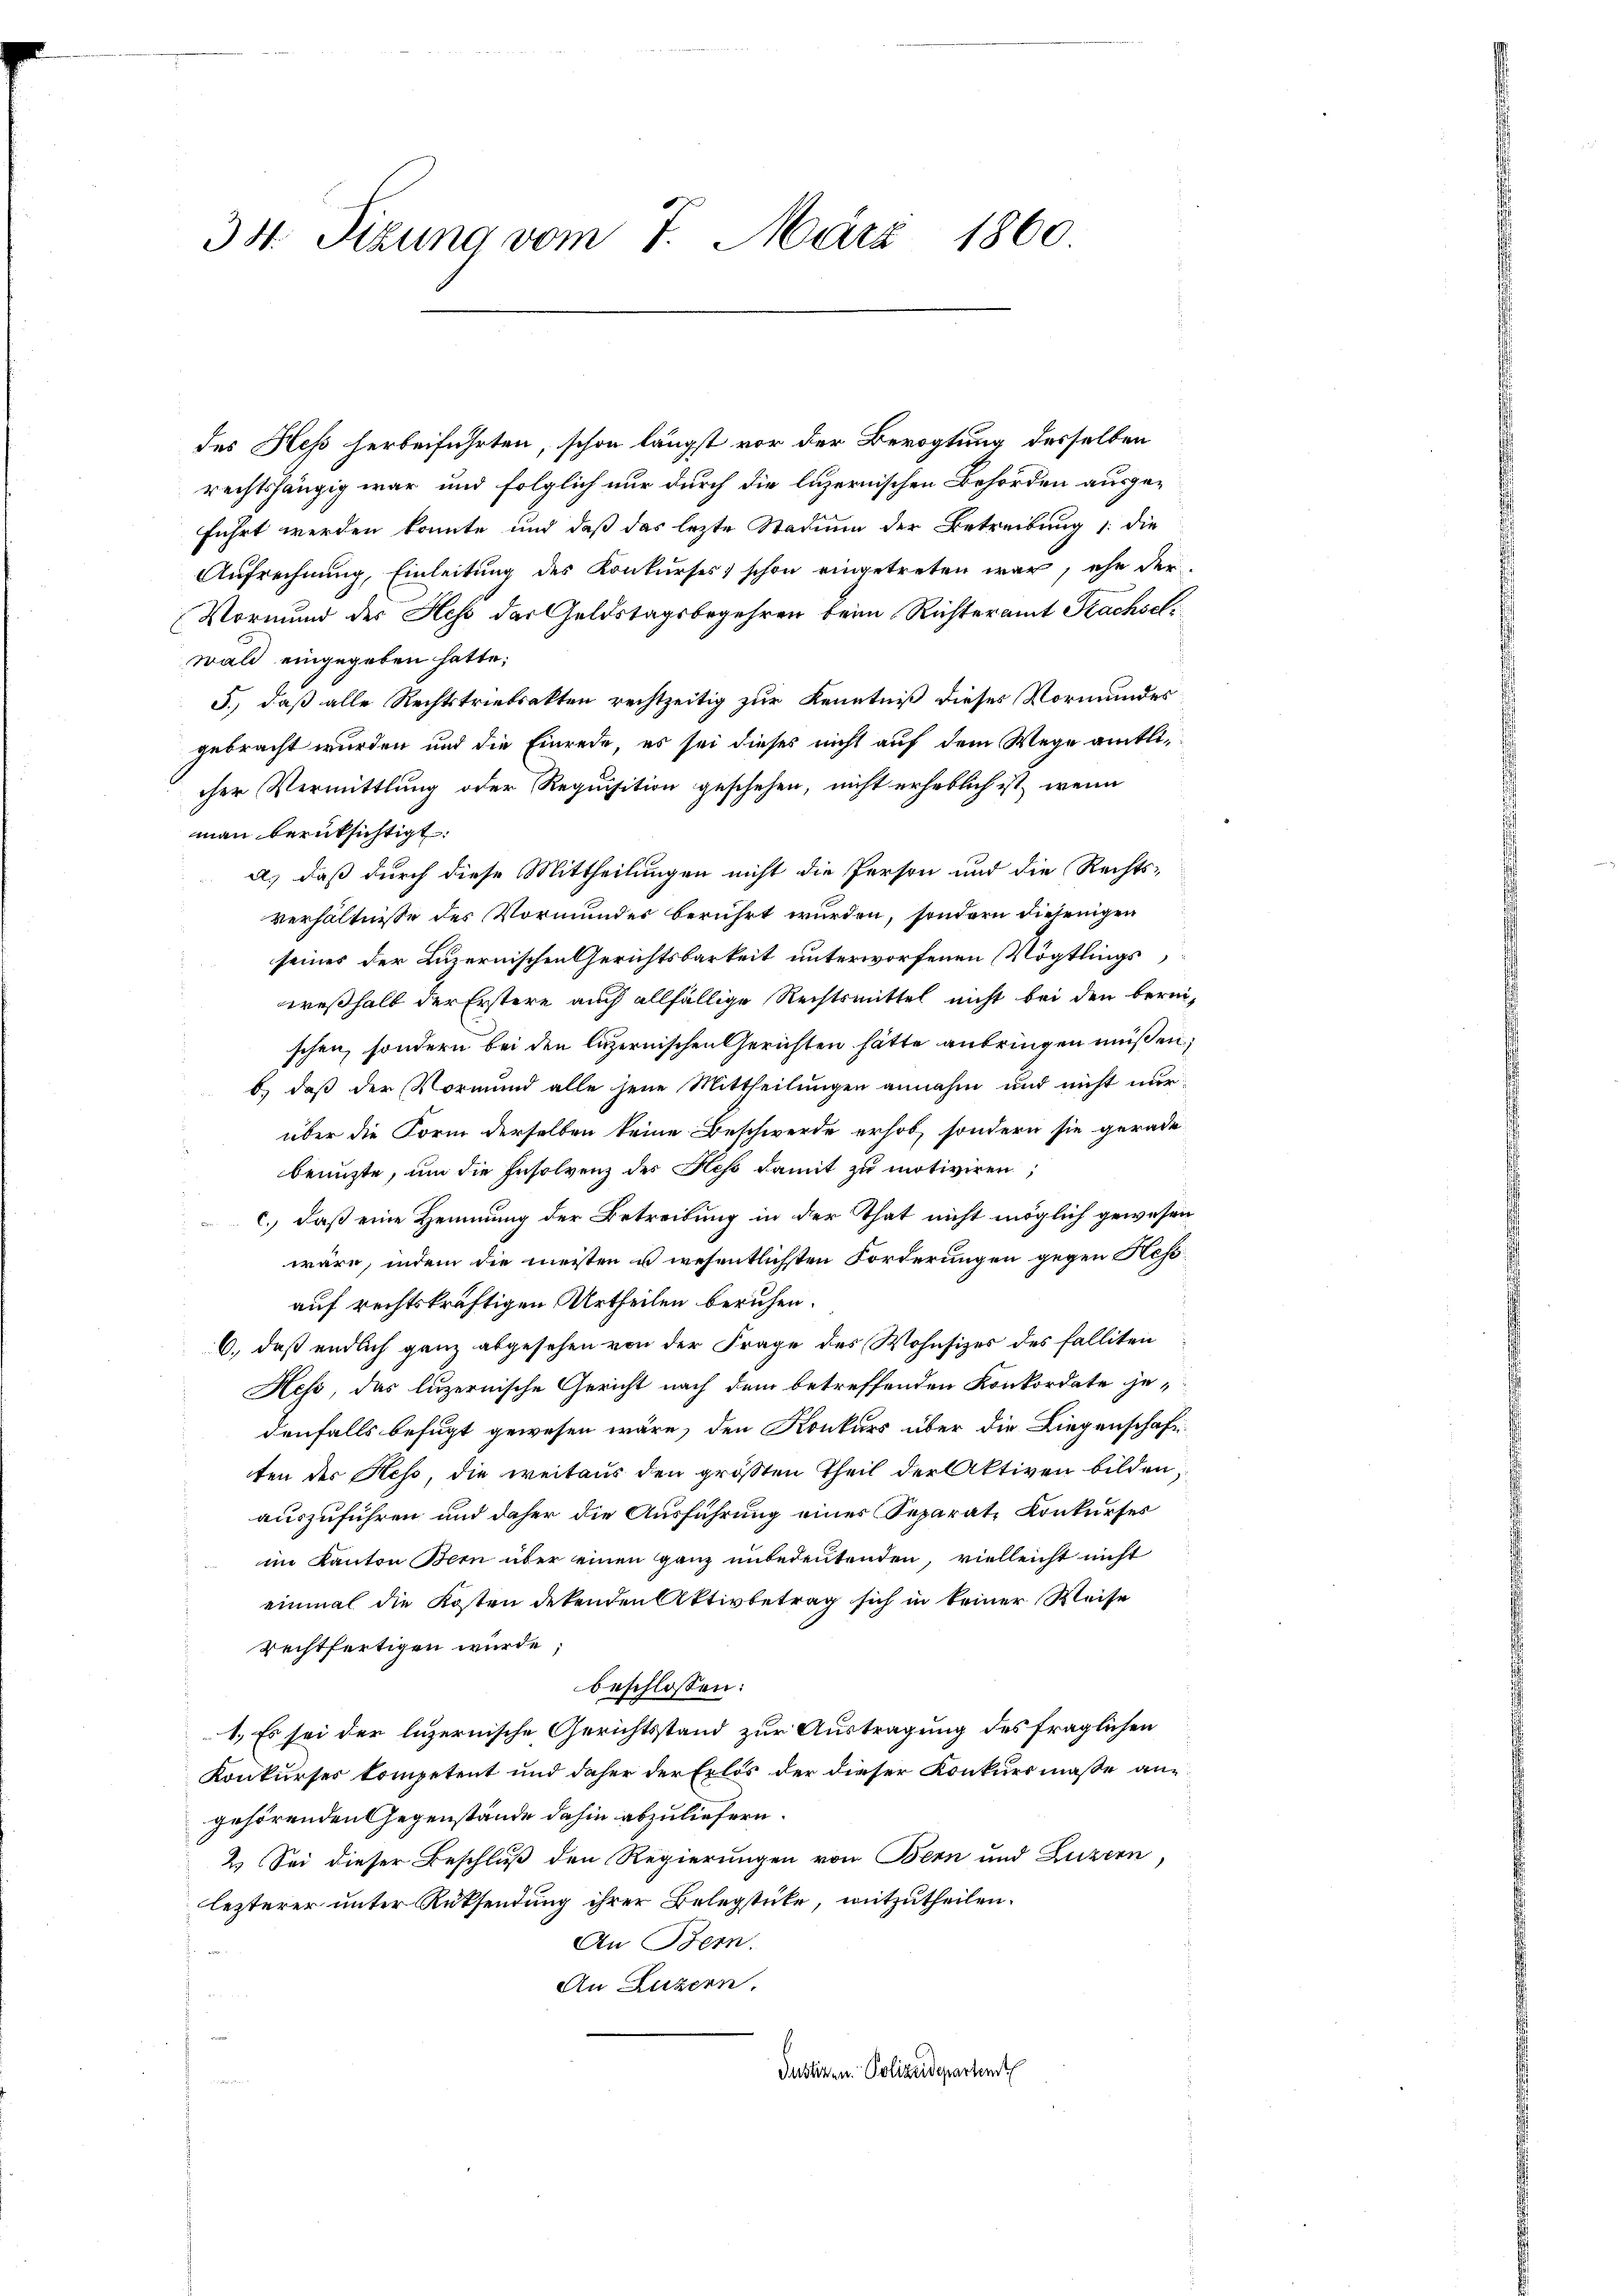
34. Sizung vom 7. März 1860

des Heß herbeiführten, schon längst vor der Bevogtung desselben
rechtshängig war und folglich nur durch die luzernischen Behörden ausgeführt werden könnte und daß das lezte Stadung der Betreibung 1. die
Aufrechnung, Einleitung des Konkurses, schon eingetreten war, ehe der
Vormund des Hess der Geldstagsbegehren beim Richteramt Krachselwald eingegeben hatte;
J., daß alle Rechtstriebsakten rechtzeitig zur Kenntniß dieses Vormundes
gebracht wurden und die Einrede, es sei dieses nicht auf dem Wege amtlicher Vermittlung oder Requisition geschehen, nicht erheblich ist, wenn
man berüksichtigt.
a.) daß durch diese Mittheilungen nicht die Person und die Rechtsverhältnisse des Vormunder berührt wurden, sondern diejenigen
seines der Luzernischen Gerichtsbarkeit unterworfenen Vögtlings
weßhalb der Erstere auch allfällige Rechtsmittel nicht bei den bereischen, sondern bei den luzernischen Gerichten hätte anbringen müßen;
b.) daß der Vormund alle jene Mittheilungen annahm und nicht nur
über die Form derselben keine Beschwerde erhob, sondern sie gerade-
benuzte, um die Insolvenz des Hess damit zu motiviren;
c., daß eine Hemmung der Betreibung in der That nicht möglich gewesen
wäre, indem die meisten u. wesentlichsten Forderungen gegen Hessauf rechtskräftigen Urtheilen beruhen.
6., daß endlich ganz abgesehen von der Frage des Wohnsizes des falliten
Hess, das luzernische Gericht nach dem betreffenden Konkordate jedenfalls befugt gewesen wäre, den Konkurs über die Liegenschaft
ten der Hess, die weitaus den größten Theil der Aktiven bilden,
auszuführen und daher die Ausführung einer Separate Konkurses
im Kanton Bern über einen ganz unbedeutenden, vielleicht nicht
einmal die Kosten dekenden Aktivbetrag sich in keiner Weise
rechtfertigen wurde,
beschlossen:
1.) Es sei der luzernische Gerichtsstand zur Austragung des fraglichen
Konkurser kompetent und daher der Erlös der dieser Konkursmaße ane
gehörenden Gegenstände dahin abzuliefern.
2.) Sei dieser Beschluß den Regierungen von Bern und Luzern,
lezterer unter Rüksendung ihrer Belegstücke, mitzutheilen.
An Bern.
An Luzern,
Justizen Polizeidepartent